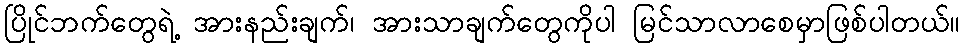
ပြိုင်ဘက်တွေရဲ့ အားနည်းချက်၊ အားသာချက်တွေကိုပါ မြင်သာလာစေမှာဖြစ်ပါတယ်။